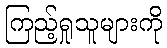
ကြည့်ရှုသူများကို